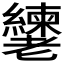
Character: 𬚎